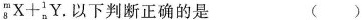
_ { 8 } ^ { m } X + _ { n } ^ { 1 } Y$$.以下判断正确的是 ( )